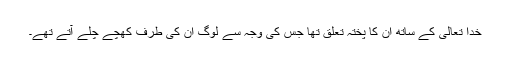
خدا تعالیٰ کے ساتھ ان کا پختہ تعلق تھا جس کی وجہ سے لوگ ان کی طرف کھچے چلے آتے تھے۔